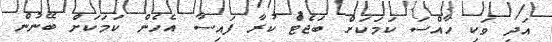
އަދި ވަކި ހާއްސަ ކަމަކަށް ބަޖެޓް ކުރާ ފައިސާ އެހެން ކަމަކަށް ބޭނުން